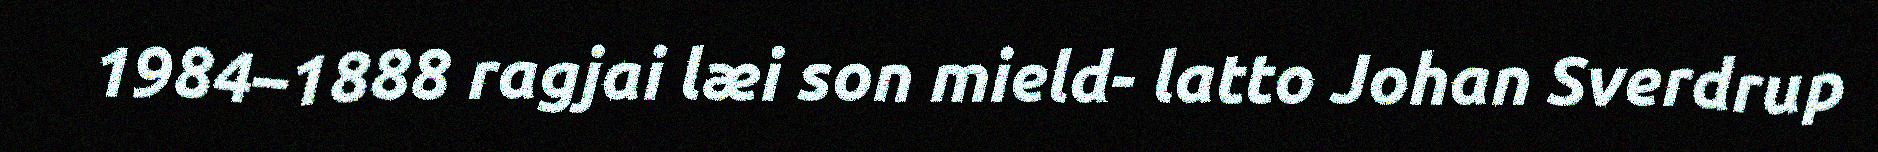
1984–1888 ragjai læi son mield- latto Johan Sverdrup